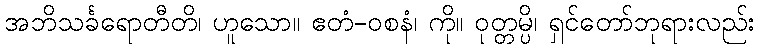
အဘိသင်္ခရောတီတိ၊ ဟူသော။ ဧတံ-ဝစနံ၊ ကို။ ဝုတ္တမ္ပိ၊ ရှင်တော်ဘုရားလည်း